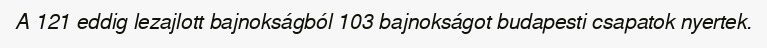
A 121 eddig lezajlott bajnokságból 103 bajnokságot budapesti csapatok nyertek.